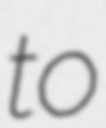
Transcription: to